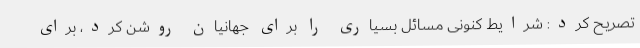
تصریح کرد: شرایط کنونی مسائل بسیاری را برای جهانیان روشن کرد، برای